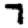
Digit: 7